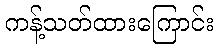
ကန့်သတ်ထားကြောင်း